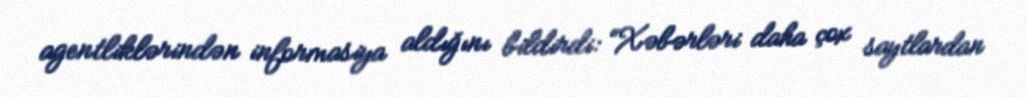
agentliklərindən informasiya aldığını bildirdi: “Xəbərləri daha çox saytlardan